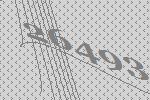
26493